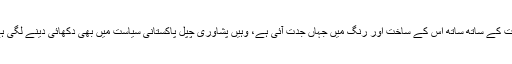
وقت کے ساتھ ساتھ اس کے ساخت اور رنگ میں جہاں جدت آئی ہے، وہیں پشاوری چپل پاکستانی سیاست میں بھی دکھائی دینے لگی ہے۔